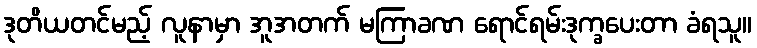
ဒုတိယတင်မည့် လူနာမှာ အူအတက် မကြာခဏ ရောင်ရမ်းဒုက္ခပေးတာ ခံရသူ။